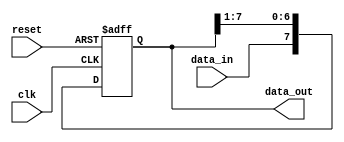
module shift_register (
    input wire clk,     // Clock signal
    input wire reset,   // Reset signal
    input wire data_in, // Input data
    output reg [7:0] data_out // Output data
);

reg [7:0] register;

always @ (posedge clk or posedge reset) begin
    if (reset) begin
        register <= 8'b0; // Reset register to 0
    end else begin
        register <= {data_in, register[7:1]}; // Shift data in
    end
end

assign data_out = register;

endmodule